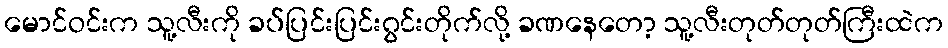
မောင်ဝင်းက သူ့လီးကို ခပ်ပြင်းပြင်းဂွင်းတိုက်လို့ ခဏနေတော့ သူ့လီးတုတ်တုတ်ကြီးထဲက